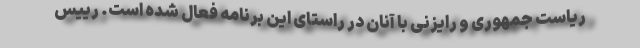
ریاست جمهوری و رایزنی با آنان در راستای این برنامه فعال شده است. رییس